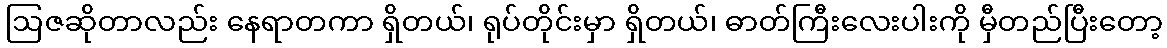
ဩဇဆိုတာလည်း နေရာတကာ ရှိတယ်၊ ရုပ်တိုင်းမှာ ရှိတယ်၊ ဓာတ်ကြီးလေးပါးကို မှီတည်ပြီးတော့